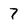
Character: 7